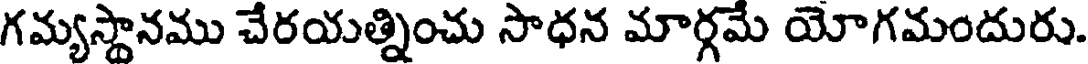
గమ్యస్థానము చేరయత్నించు సాధన మార్గమే యోగమందురు.